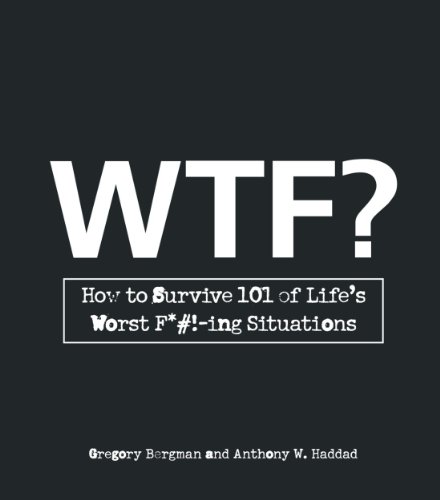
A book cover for WTF?: How to Survive 101 of Life's Worst F*#!-ing Situations; Gregory Bergman; Humor & Entertainment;